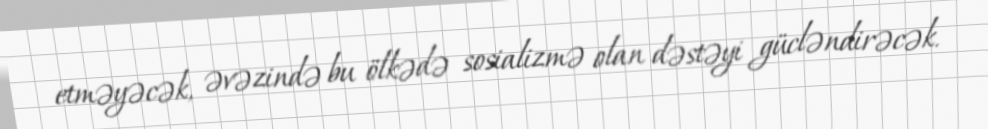
etməyəcək, əvəzində bu ölkədə sosializmə olan dəstəyi gücləndirəcək.